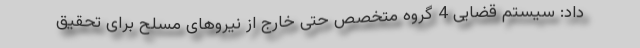
داد: سیستم قضایی 4 گروه متخصص حتی خارج از نیروهای مسلح برای تحقیق